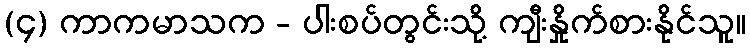
(၄) ကာကမာသက - ပါးစပ်တွင်းသို့ ကျီးနှိုက်စားနိုင်သူ။